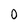
Character: 0